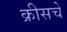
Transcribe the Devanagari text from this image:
क्रीसचे